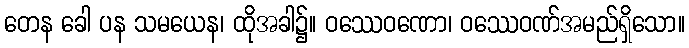
တေန ခေါ ပန သမယေန၊ ထိုအခါ၌။ ဝဿေဝဏော၊ ဝဿေဝဏ်အမည်ရှိသော။